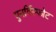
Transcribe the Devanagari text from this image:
पुनर्विस्फोट